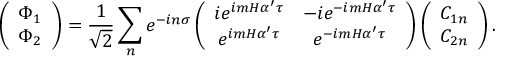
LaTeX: \left( \begin{array} { c } { { \Phi _ { 1 } } } \\ { { \Phi _ { 2 } } } \end{array} \right) = \frac { 1 } { \sqrt { 2 } } \sum _ { n } e ^ { - i n \sigma } \left( \begin{array} { c c } { { i e ^ { i m H \alpha ^ { \prime } \tau } } } & { { - i e ^ { - i m H \alpha ^ { \prime } \tau } } } \\ { { e ^ { i m H \alpha ^ { \prime } \tau } } } & { { e ^ { - i m H \alpha ^ { \prime } \tau } } } \end{array} \right) \left( \begin{array} { c } { { C _ { 1 n } } } \\ { { C _ { 2 n } } } \end{array} \right) .